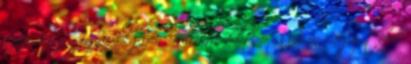
szép, hogy igaz legyen Kaland volt-e csupán vagy több